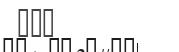
٢١٣